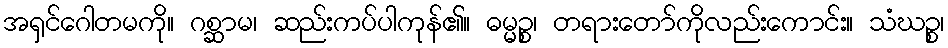
အရှင်ဂေါတမကို။ ဂစ္ဆာမ၊ ဆည်းကပ်ပါကုန်၏။ ဓမ္မဉ္စ၊ တရားတော်ကိုလည်းကောင်း။ သံဃဉ္စ၊